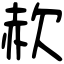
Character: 赥